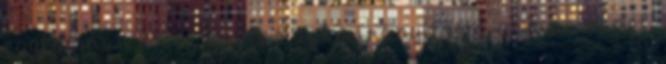
egyformán 236 m széles ágba irányította a Duna vizét.